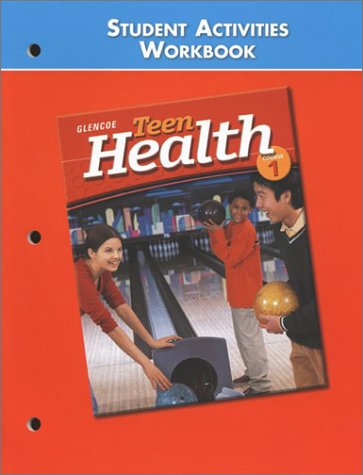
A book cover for Teen Health Course 1, Student Activities Workbook; McGraw-Hill; Health, Fitness & Dieting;